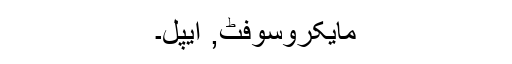
مایکروسوفٹ, ایپل۔